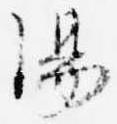
湯